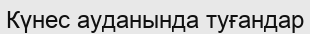
Күнес ауданында туғандар